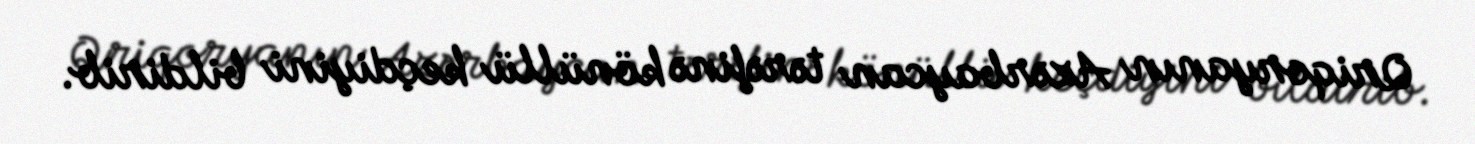
Qriqoryanın Azərbaycan tərəfinə könüllü keçdiyini bildirib.